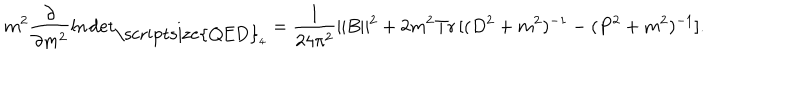
m ^ { 2 } \frac { \partial } { \partial m ^ { 2 } } \ln \mathrm { d e t } _ { { \mathrm { \scriptsize { Q E D } } _ { 4 } } } = \frac { 1 } { 2 4 \pi ^ { 2 } } \| B \| ^ { 2 } + 2 m ^ { 2 } \mathrm { T r } \, [ ( D ^ { 2 } + m ^ { 2 } ) ^ { - 1 } - ( P ^ { 2 } + m ^ { 2 } ) ^ { - 1 } ] .